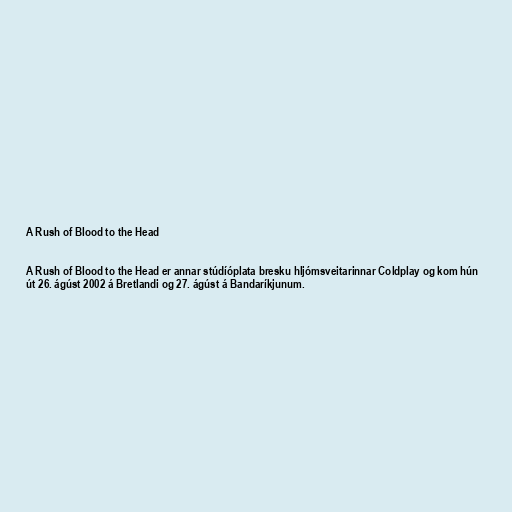
A Rush of Blood to the Head

A Rush of Blood to the Head er annar stúdíóplata bresku hljómsveitarinnar Coldplay og kom hún
út 26. ágúst 2002 á Bretlandi og 27. ágúst á Bandaríkjunum.